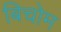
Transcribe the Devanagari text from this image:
बिचोम